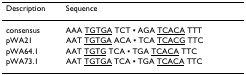
<table><thead><tr><td><b>Description</b></td><td><b>Sequence</b></td></tr></thead><tbody><tr><td>consensus</td><td>AAA <underline>TGTGA</underline> TCT ▪ AGA <underline>TCACA</underline> TTT</td></tr><tr><td>pWA21</td><td>AAT <underline>TGTGA</underline> ACA ▪ TCA <underline>TCACG</underline> TTC</td></tr><tr><td>pWA64.1</td><td>AAT <underline>TGTG</underline> TCA ▪ TGA <underline>TCACA</underline> TTC</td></tr><tr><td>pWA73.1</td><td>AAT <underline>TGTGA</underline> TCA ▪ TGA <underline>TCACA</underline> TTC</td></tr></tbody></table>